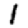
Digit: 1